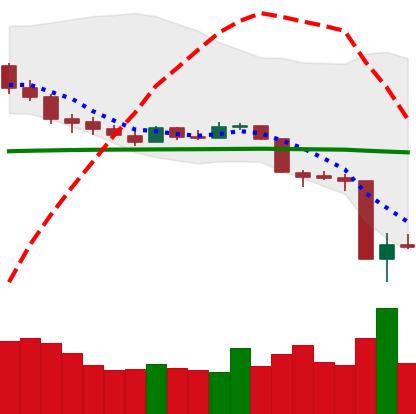
Ticker: XMR-USD
Chart end date: 2020-03-14
Forward return: 13.488%
Label: up_7plus